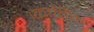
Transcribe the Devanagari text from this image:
।कातिॅक